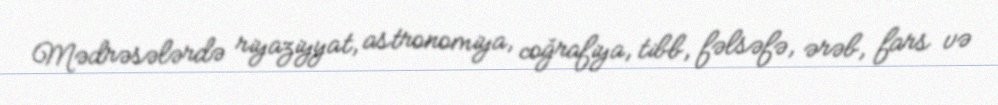
Mədrəsələrdə riyaziyyat, astronomiya, coğrafiya, tibb, fəlsəfə, ərəb, fars və